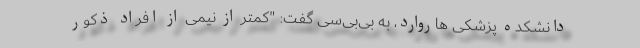
دانشکده پزشکی هاروارد، به بی‌بی‌سی گفت: "کمتر از نیمی از افراد ذکور